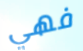
فهي